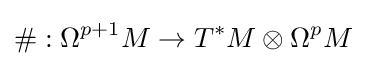
\#:\Omega ^{p+1}M\rightarrow T^{*}M\otimes \Omega ^{p}M